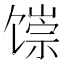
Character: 𬳐